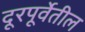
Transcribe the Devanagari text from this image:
दूरपूर्वेतील